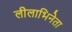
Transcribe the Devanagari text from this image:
लीलाभिनेता